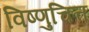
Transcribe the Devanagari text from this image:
विष्णुचित्त